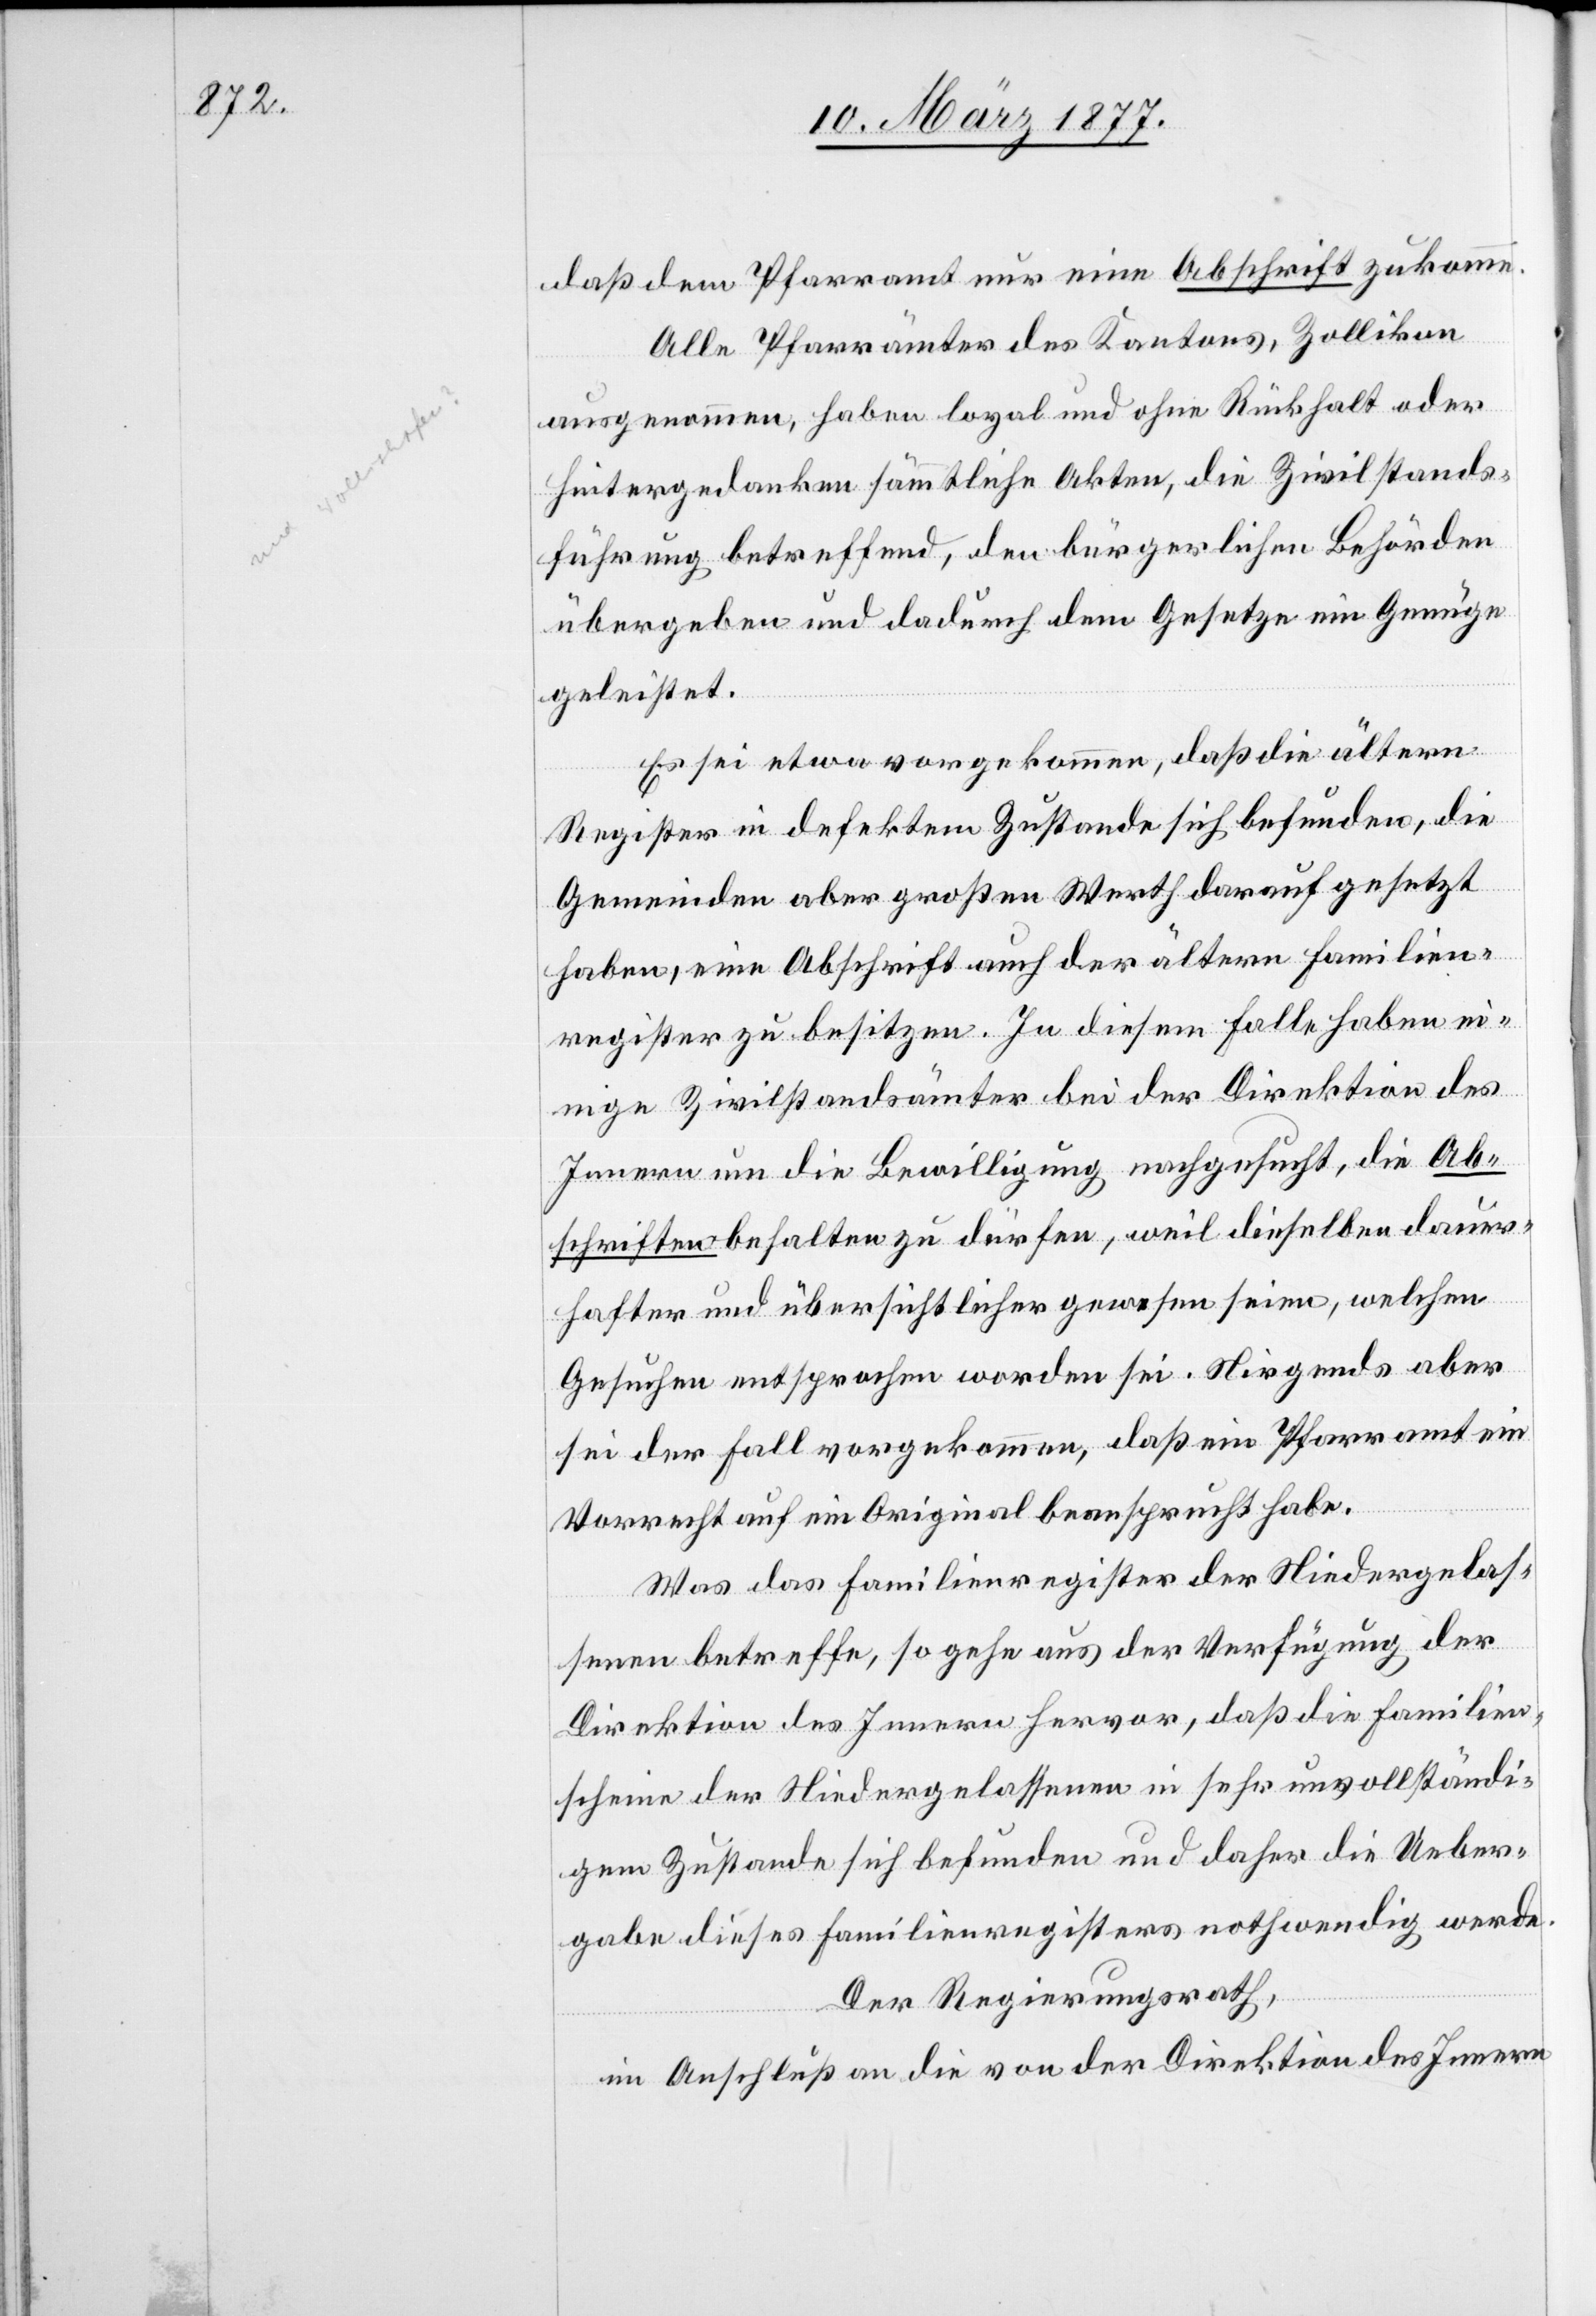
daß dem Pfarramt nur eine Abschrift zukomme.
Alle Pfarrämter des Kantons, Zollikon
ausgenommen, haben loyal und ohne Rückhalt oder
Hintergedanken sämmtliche Akten, die Zivilstands¬
führung betreffend, den bürgerlichen Behörden
übergeben und dadurch dem Gesetze ein Genüge
geleistet.
Es sei etwa vorgekommen, daß die ältern
Register in defektem Zustande sich befunden, die
Gemeinden aber großen Werth darauf gesetzt
haben, eine Abschrift auch der ältern Familien¬
register zu besitzen. In diesem Falle haben ei¬
nige Zivilstandsämter bei der Direktion des
Innern um die Bewilligung nachgesucht, die Ab¬
schriften behalten zu dürfen, weil dieselben dauer¬
hafter und übersichtlicher gewesen seien, welchen
Gesuchen entsprochen worden sei. Nirgends aber
sei der Fall vorgekommen, daß ein Pfarramt ein
Vorrecht auf ein Original beansprucht habe.
Was das Familienregister der Niedergelas¬
senen betreffe, so gehe aus der Verfügung der
Direktion des Innern hervor, daß die Familien¬
scheine der Niedergelassenen in sehr unvollständi¬
gem Zustande sich befunden und daher die Ueber¬
gabe dieses Familienregisters nothwendig werde.
Der Regierungsrath,
im Anschluß an die von der Direktion des Innern